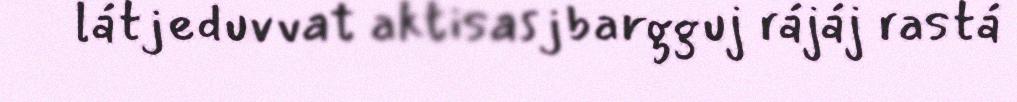
látjeduvvat aktisasjbargguj rájáj rastá